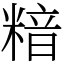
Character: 𥻚